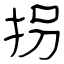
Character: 拐